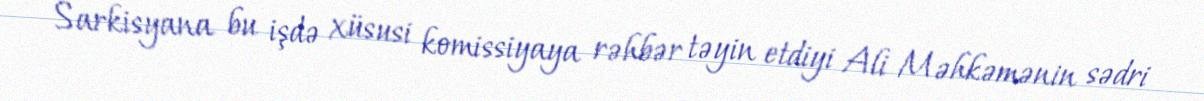
Sarkisyana bu işdə xüsusi komissiyaya rəhbər təyin etdiyi Ali Məhkəmənin sədri